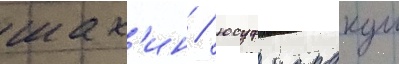
шах'ин / юсуф каракуш